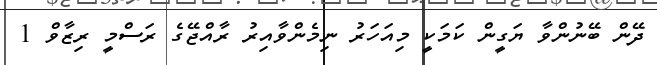
ދޭން ބޭނުންވާ ޔަގީން ކަމަކީ މިއަހަރު ނިމެންވާއިރު ރާއްޖޭގެ ރަސްމީ ރިޒާވް 1